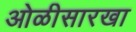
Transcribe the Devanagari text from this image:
ओळीसारखा